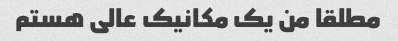
مطلقا من یک مکانیک عالی هستم